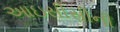
આઇસીસીની